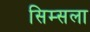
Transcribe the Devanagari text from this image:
सिम्सला